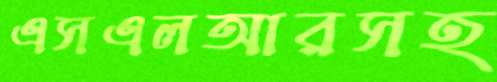
এসএলআরসহ